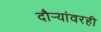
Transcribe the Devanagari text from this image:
दौर्‍यांवरही